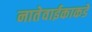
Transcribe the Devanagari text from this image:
नातेवाईकाकडे